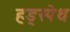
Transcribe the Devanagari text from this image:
हड्स्पेथ